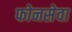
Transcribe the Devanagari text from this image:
फोनसेवा